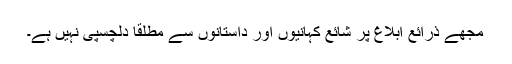
مجھے ذرائع ابلاغ پر شائع کہانیوں اور داستانوں سے مطلقاً دلچسپی نہیں ہے۔